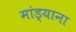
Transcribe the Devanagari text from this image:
मांड्याना